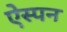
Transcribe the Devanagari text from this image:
ऐस्पन